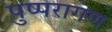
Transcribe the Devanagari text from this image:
पुष्परागण